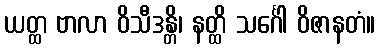
ယတ္ထ ဗာလာ ဝိသီဒန္တိ၊ နတ္ထိ သင်္ဂေါ ဝိဇာနတံ။